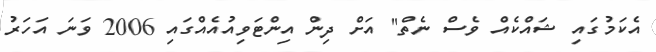
އެކަމުގައި ޝައްކެއް ވެސް ނެތް" އަށް ދިން އިންޓަވިއުއެއްގައި 2006 ވަނަ އަހަރު